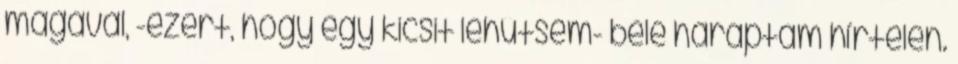
magával, -ezért, hogy egy kicsit lehűtsem- bele haraptam hírtelen.